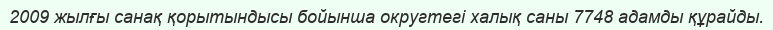
2009 жылғы санақ қорытындысы бойынша округтегі халық саны 7748 адамды құрайды.